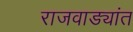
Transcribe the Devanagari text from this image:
राजवाड्यांत